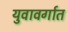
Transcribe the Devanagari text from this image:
युवावर्गात